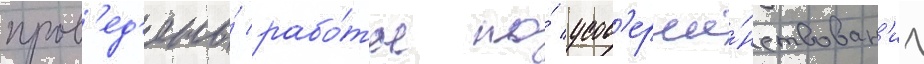
пров'ед'ены́ рабо́ты по́ усов'ерше́нствован'иу